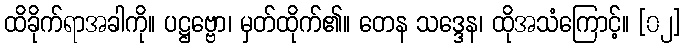
ထိခိုက်ရာအခါကို။ ပဋ္ဌဗ္ဗော၊ မှတ်ထိုက်၏။ တေန သဒ္ဒေန၊ ထိုအသံကြောင့်။ [၀၂]